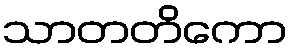
သာတတိကော